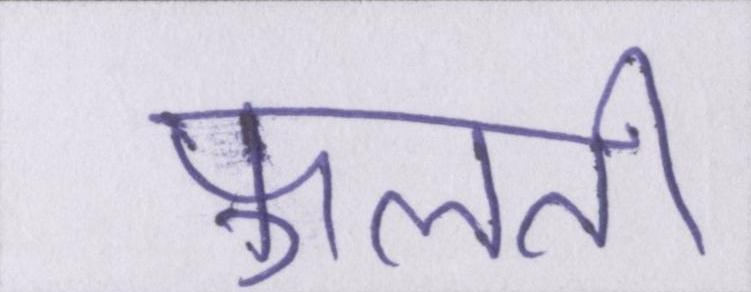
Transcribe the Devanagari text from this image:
फूलती